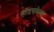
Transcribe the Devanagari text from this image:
हॉउसफेल्ड